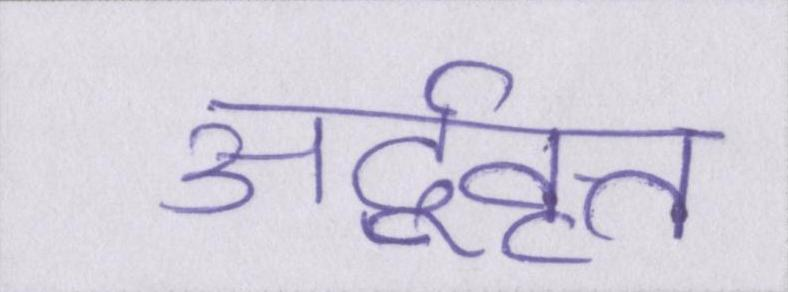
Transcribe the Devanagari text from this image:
अर्द्ववृत्त